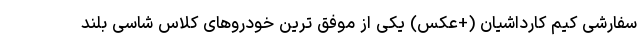
سفارشی کیم کارداشیان (+عکس) یکی از موفق ترین خودروهای کلاس شاسی بلند